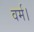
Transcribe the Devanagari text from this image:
वर्म।